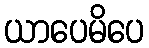
ယာပေမိပေ